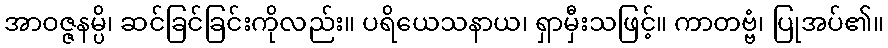
အာဝဇ္ဇနမ္ပိ၊ ဆင်ခြင်ခြင်းကိုလည်း။ ပရိယေသနာယ၊ ရှာမှီးသဖြင့်။ ကာတဗ္ဗံ၊ ပြုအပ်၏။